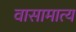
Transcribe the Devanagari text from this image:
वासामात्य